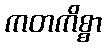
ကတကိစ္စာ